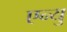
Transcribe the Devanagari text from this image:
एन्यु